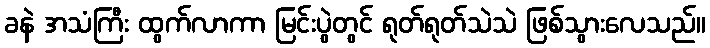
ခနဲ အသံကြီး ထွက်လာကာ မြင်းပွဲတွင် ရုတ်ရုတ်သဲသဲ ဖြစ်သွားလေသည်။